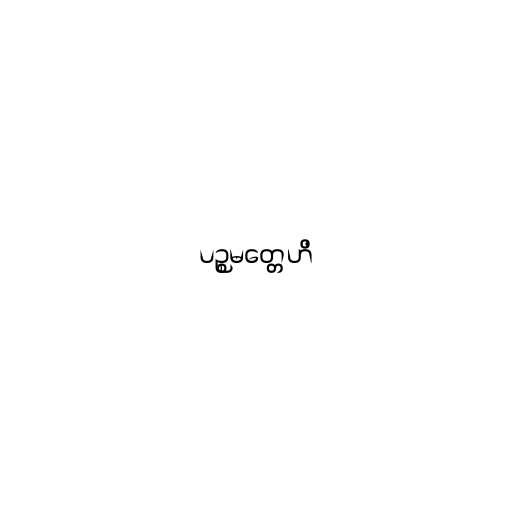
ပဉ္စမတ္တေဟိ